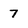
Character: 7